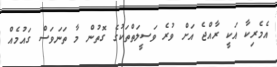
އެމެރިކާ އަކީ ރާއްޖެ އަށް ވުރެ ވަސީލަތްތަކުގެ ގޮތުން މާ ތަނަވަސް ގައުމެއް